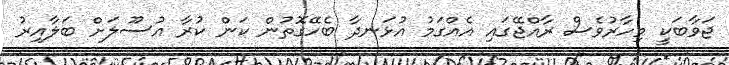
ޖަވާބަކީ މިހާރުވެސް ރާއްޖޭގައި އެއްގަމު އުޅަނދާ ބެހޭގޮތުން ކަން ކުރާ އުސޫލަށް ބަލާއިރު